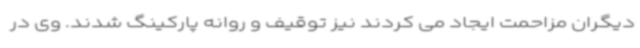
دیگران مزاحمت ایجاد می کردند نیز توقیف و روانه پارکینگ شدند. وی در